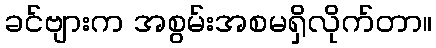
ခင်ဗျားက အစွမ်းအစမရှိလိုက်တာ။